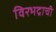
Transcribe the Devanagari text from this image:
विरभद्राची